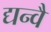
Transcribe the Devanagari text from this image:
द्यन्वै